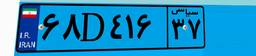
۱۳D۹۶۱۲۵